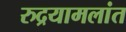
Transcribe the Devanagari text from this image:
रुद्रयामलांत